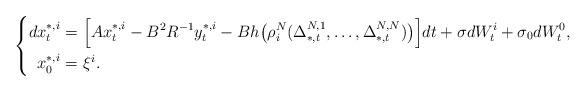
LaTeX: \begin{align*}\left\{\begin{aligned}dx_t^{*,i}=&~\Big[Ax_t^{*,i}-B^2R^{-1}y_t^{*,i}-Bh\big(\rho_i^N(\Delta^{N,1}_{*,t},\ldots,\Delta^{N,N}_{*,t})\big)\Big]dt+\sigma dW_t^i+\sigma_0dW^0_t,\\x^{*,i}_0=&~\xi^i.\end{aligned}\right.\end{align*}